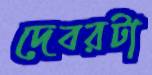
দেবরটা